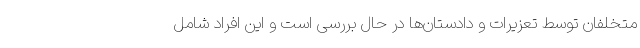
متخلفان توسط تعزیرات و دادستان‌ها در حال بررسی است و این افراد شامل